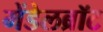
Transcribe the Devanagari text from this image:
मेंडेलब्रॉट